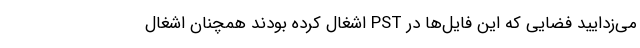
می‌­زدایید فضایی که این فایل‌ها در PST اشغال کرده بودند همچنان اشغال